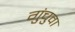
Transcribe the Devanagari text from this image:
गुंचुवा